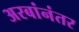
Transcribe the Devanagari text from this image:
अरबांनंतर